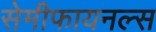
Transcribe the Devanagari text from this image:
सेमीफायनल्स